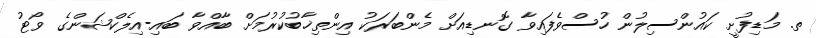
ތ. މަޑިފުށީ ކައުންސިލުން ހުސްވެފައިވާ ގޮނޑިއަށް މެންބަރަކު އިންތިޚާބުކުރުމަށް ބާއްވާ ބައި-އިލެކްޝަންގެ ވޯޓު